Civil Veterinary Department Bihar reports 1940-50 - 1940-1950
Year: 1940
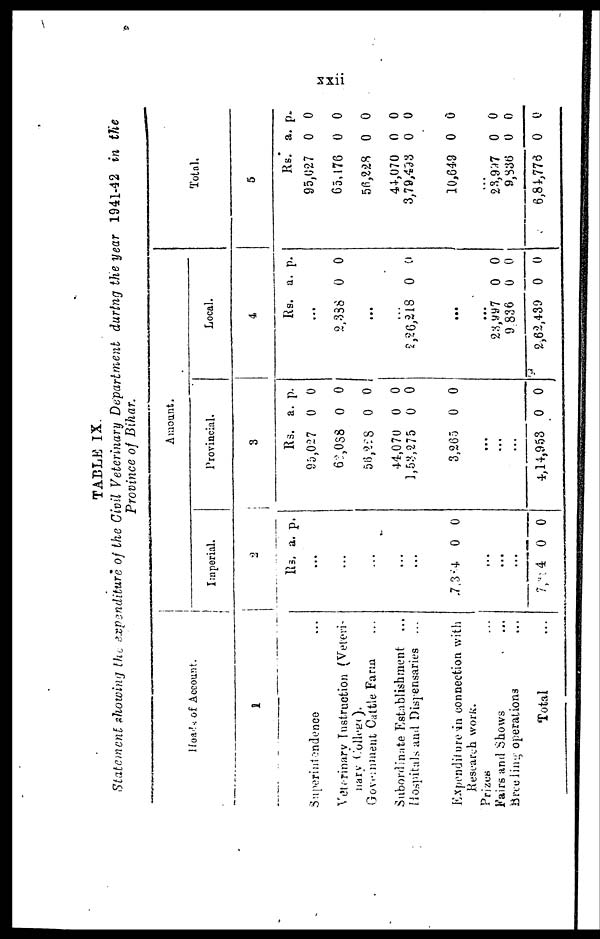
xxii
TABLE IX.
Statement showing the expenditure of the Civil Veterinary Department during the year 1941-42 in the
Province of Bihar.
Heads of Account.
1
Superintendence ...
Veterinary Instruction (Veteri-
nary College).
Government Cattle Farm ...
Subordinate Establishment ...
Hospitals and Dispensaries ...
Expenditure in connection with
Research work.
Prizes ...
Fairs and Shows ...
Breeding operations ...
Total ...
Amount.
Imperial.
2
Rs.
...
...
...
...
...
7,344
...
...
...
7, 344
a.
0
0
p.
0
0
Provincial.
3
Rs.
95,027
62,088
56,288
44,070
1,53,275
3,265
...
...
...
4,14,953
a.
0
0
0
0
0
0
0
p.
0
0
0
0
0
0
0
Local.
4
Rs.
...
2,338
...
...
2,26,218
...
...
23,997
9836
2,62,439
a.
0
0
0
0
0
p.
0
0
0
0
0
Total.
5
Rs.
95,027
65,176
56,228
44,070
3,79,493
10,649
...
23,997
9,836
6,84,776
a.
0
0
0
0
0
0
0
0
0
p.
0
0
0
0
0
0
0
0
0